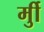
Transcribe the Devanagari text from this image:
र्मुी